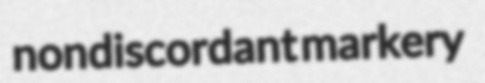
nondiscordant markery